Burma Government Medical School reports 1923-41
Year: 1923
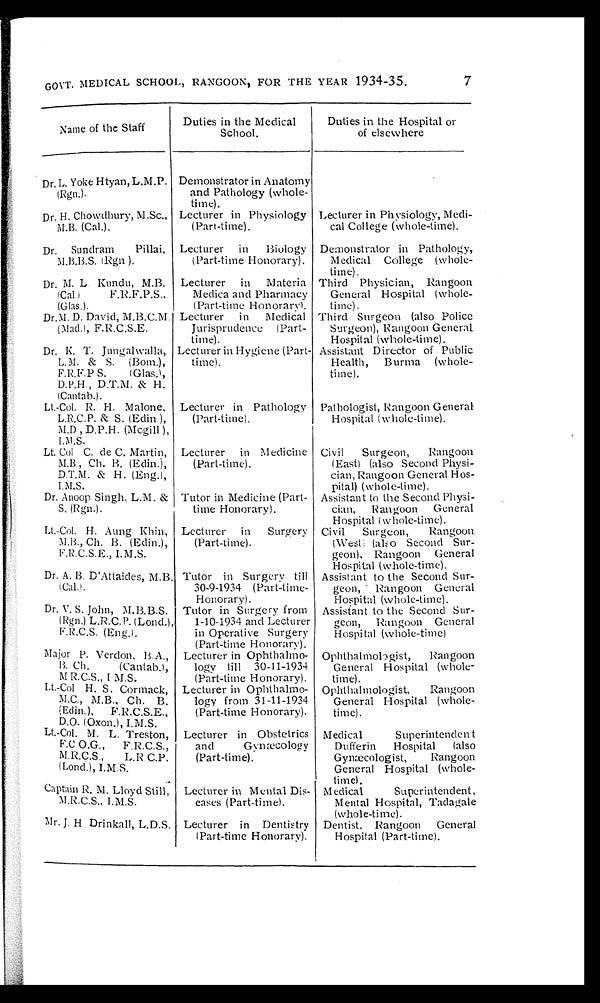
GOVT. MEDICAL SCHOOL, RANGOON, FOR THE YEAR 1934-35.
Name of the Staff
Duties in the Medical
School.
Duties in the Hospital or
of elsewhere
Dr. L. Yoke Htyan, L.M.P.
(Rgn.).
Demonstrator in Anatomy
and Pathology (whole-
time).
Dr. H. Chowdhury, M.Sc.,
M.B. (Cal.).
Lecturer in Physiology
(Part-time).
Lecturer in Physiology, Medi-
cal College (whole-time).
Dr. Sundram
Pillai,
M.B.B.S. (Rgn ).
Lecturer in
Biology
(Part-time Honorary).
Demonstrator in Pathology,
Medical College (whole-
time).
Dr. M. L Kundu, M.B.
(Cal.)
F.R.F.P.S.,
(Glas.).
Lecturer in
Materia
Medica and Pharmacy
(Part-time Honorary).
Third Physician, Rangoon
General Hospital (whole-
time).
Dr.M. D. David, M.B.C.M.
(Mad.), F.R .C.S.E.
Lecturer in
Medical
Jurisprudence (Part-
time).
Third Surgeon (also Police
Surgeon), Rangoon General
Hospital (whole-time).
Dr. K. T. Jungalwalla,
L. M. & S. (Bom.),
F.R.F.P S.
(Glas.),
D.P.H., D.T.M. & H.
(Cantab.).
Lecturer in Hygiene (Part-
time).
Assistant Director of Public
Health, Burma (whole-
time).
Lt.-Col. R. H. Malone,
L.R.C.P. & S. (Edin ),
M.D , D.P.H. (Mcgill ),
I. M .S.
Lecturer in Pathology
(Part-time).
Pathologist, Rangoon General
Hospital (w hole-time).
Lt. Col C. de C. Martin,
M.B., Ch. B. (Edin.),
D.T.M. & H. (Eng.),
I.M.S.
Lecturer in Medicine
(Part-time).
Civil
Surgeon,
Rangoon
(East) (also Second Physi-
clan, Rangoon General Hos-
pital) (whole-time).
Dr. Anoop Singh, L.M. &
S. (Rgn.).
Tutor in Medicine (Part-
time Honorary).
Assistant to the Second Physi-
clan,
Rangoon
General
Hospital (whole-time).
Lt.-Col. H. Aung Khin,
M.B., Ch. B. (Edin.),
F.R C.S.E., I.M.S.
Lecturer in
Surgery
(Part-time).
Civil
Surgeon,
Rangoon
(West) (also Second Sur-
geon), Rangoon General
Hospital (whole-time).
Dr. A. B. D'Attaides, M.B.
(Cal.).
Tutor in Surgery till
30-9-1934 (Part-time-
Honorary).
Assistant to the Second Sur-
geon, Rangoon General
Hospital (whole-time).
Dr. V. S. John, M.B.B.S.
(Rgn.) L.R.C. P. (Lond.),
F.R.C.S. (Eng.) .
Tutor in Surgery from
1-10-1934 and Lecturer
in Operative Surgery
(Part-time Honorary).
Assistant to the Second Sur-
geon, Rangoon General
Hospital (whole-time)
Major P. Verdon, B.A.,
B. Ch.
(Cantab.),
M R.C.S., I M.S.
Lecturer in Ophthalmo-
logy till 30-11-1934
(Part-time Honorary).
Ophthalmobgist,
Rangoon
General Hospital (whole-
time).
Lt-Col H. S. Cormack,
M.C., M.B., Ch. B.
(Edin.),
F.R.C.S.E.,
D.O. (Oxon.), I.M.S.
Lecturer in Ophthalmo-
logy from 31-11-1934
(Part-time Honorary).
Ophthalmologist,
Rangoon
General Hospital (whole-
time).
Lt.-Col, M. L. Treston,
F.0 0.G.,
F.R.C.S.,
M.R.C.S.,
L.R. C.P.
(Long.), I.M.S.
Lecturer in Obstetrics
and
Gynæcology
(Part-time).
Medical
Superintenden t
Duff erin
Hospital
(also
Gynæcologist,
Rangoon
General Hospital (whole-
time).
Captain R. M. Lloyd Still,
M.R.C.S., I.M.S.
Lecturer in Mental Dis-
eases (Part-time).
Medical
Superintendent,
Mental Hospital, Taclagale
(whole-time).
Mr. J. H Drinkall, L.D.S. Lecturer in Dentistry
(Part-time Honorary).
Dentist, Rangoon
General
Hospital (Part-time).
7